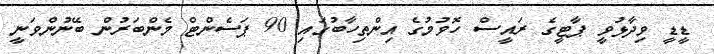
ޑީޑީ ވިދާޅުވީ ޕާޓީގެ ރައީސް ހޮވުމުގެ އިންތިހާބުގައި 90 ޕަސެންޓް މެންބަރުން ބޭނުންވަނީ